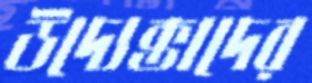
উদ্যেক্তাদের